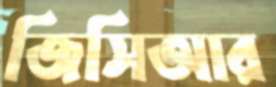
জিসিআর